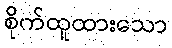
စိုက်ထူထားသော